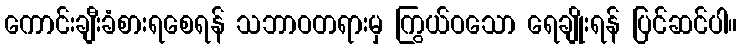
ကောင်းချီးခံစားရစေရန် သဘာဝတရားမှ ကြွယ်ဝသော ရေချိုးရန် ပြင်ဆင်ပါ။